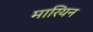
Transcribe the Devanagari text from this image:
मारियन